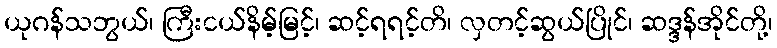
ယုဂန်သဘွယ်၊ ကြီးငယ်နိမ့်မြင့်၊ ဆင့်ရရင့်တိ၊ လှတင့်ဆွယ်ပြိုင်၊ ဆဒ္ဒန်အိုင်တို့၊